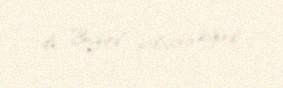
də Buğurd qalasına sığındı.